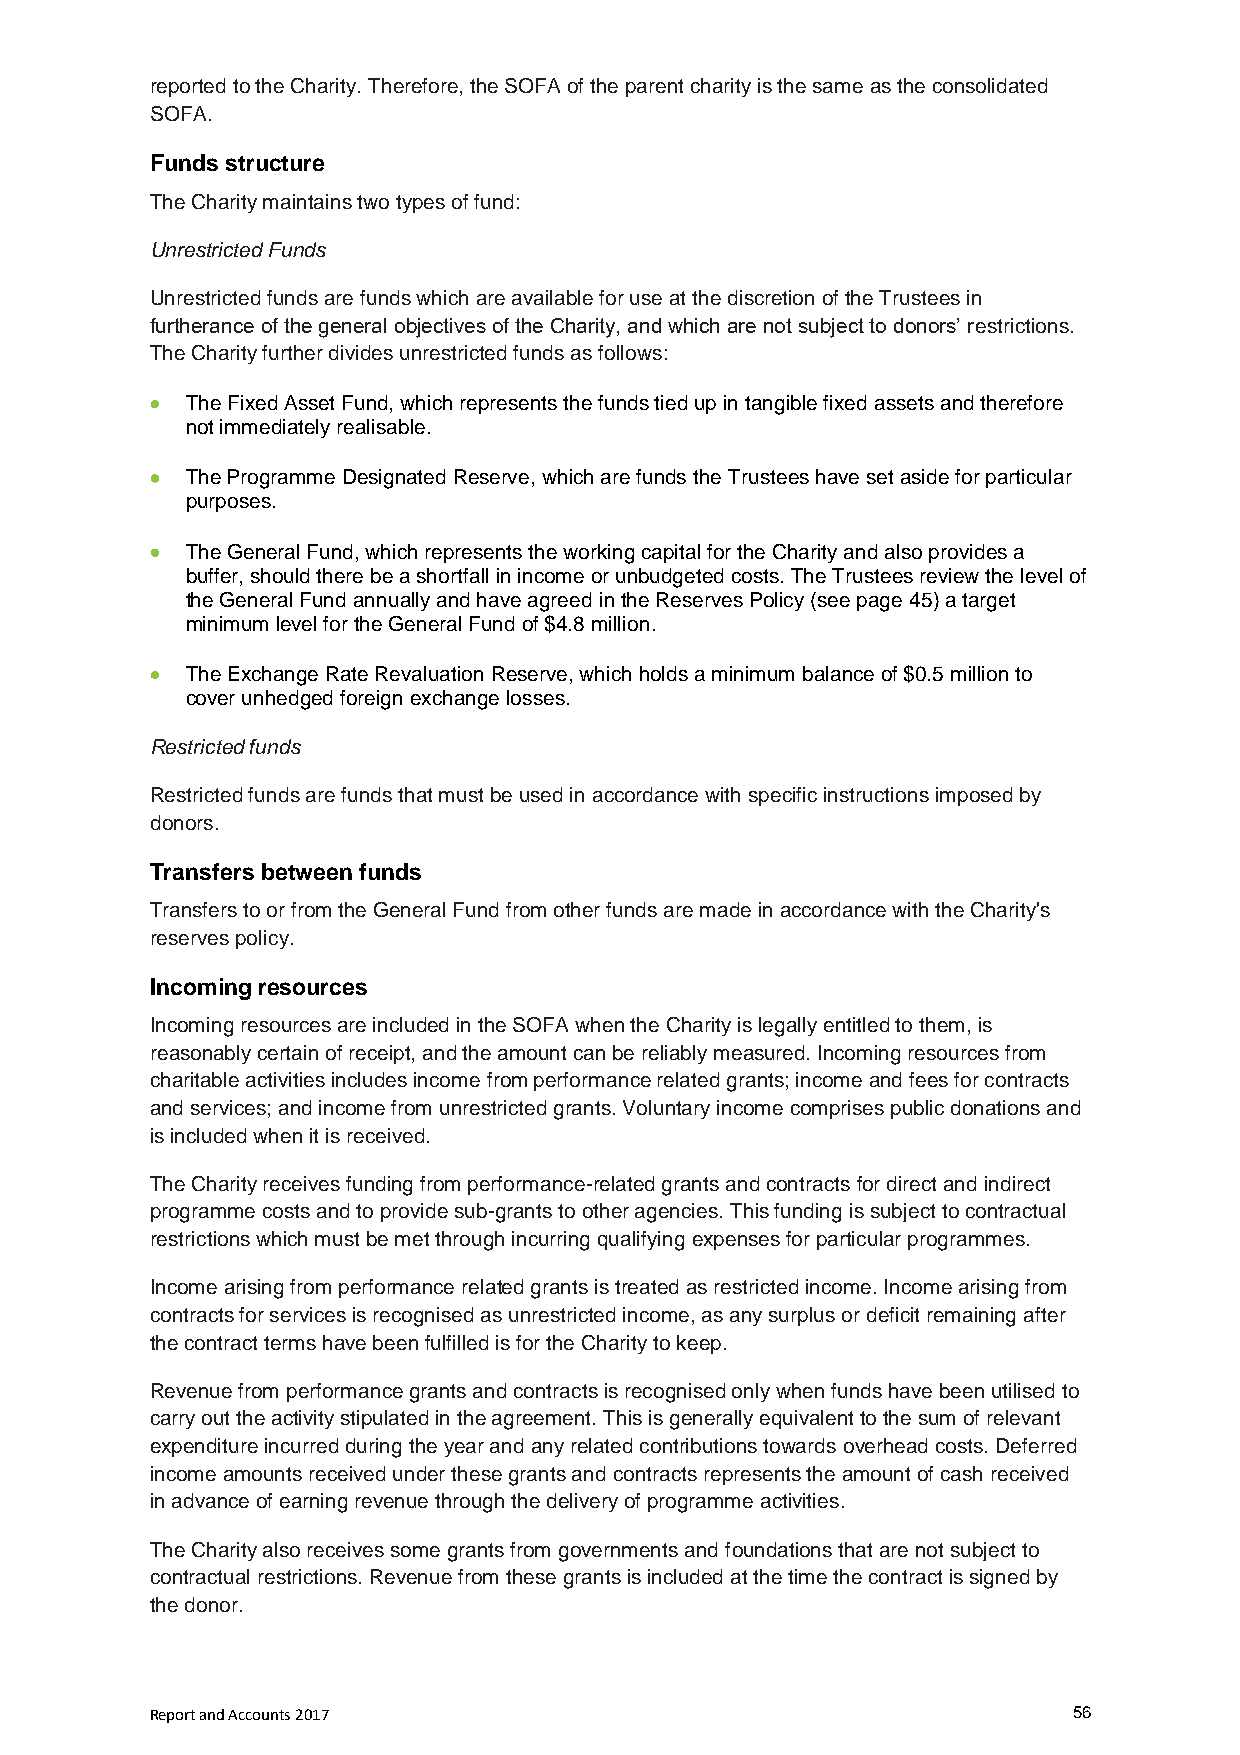
reported to the Charity. Therefore, the SOFA of the parent charity is the same as the consolidated
 SOFA.
 Funds structure
 The Charity maintains two types of fund:
 Unrestricted Funds
 Unrestricted funds are funds which are available for use at the discretion of the Trustees in
 furtherance of the general objectives of the Charity, and which are not subject to donors’ restrictions.
 The Charity further divides unrestricted funds as follows:
  The Fixed Asset Fund, which represents the funds tied up in tangible fixed assets and therefore
 not immediately realisable.
  The Programme Designated Reserve, which are funds the Trustees have set aside for particular
 purposes.
  The General Fund, which represents the working capital for the Charity and also provides a
 buffer, should there be a shortfall in income or unbudgeted costs. The Trustees review the level of
 the General Fund annually and have agreed in the Reserves Policy (see page 45) a target
 minimum level for the General Fund of $4.8 million.
  The Exchange Rate Revaluation Reserve, which holds a minimum balance of $0.5 million to
 cover unhedged foreign exchange losses.
 Restricted funds
 Restricted funds are funds that must be used in accordance with specific instructions imposed by
 donors.
 Transfers between funds
 Transfers to or from the General Fund from other funds are made in accordance with the Charity's
 reserves policy.
 Incoming resources
 Incoming resources are included in the SOFA when the Charity is legally entitled to them, is
 reasonably certain of receipt, and the amount can be reliably measured. Incoming resources from
 charitable activities includes income from performance related grants; income and fees for contracts
 and services; and income from unrestricted grants. Voluntary income comprises public donations and
 is included when it is received.
 The Charity receives funding from performance-related grants and contracts for direct and indirect
 programme costs and to provide sub-grants to other agencies. This funding is subject to contractual
 restrictions which must be met through incurring qualifying expenses for particular programmes.
 Income arising from performance related grants is treated as restricted income. Income arising from
 contracts for services is recognised as unrestricted income, as any surplus or deficit remaining after
 the contract terms have been fulfilled is for the Charity to keep.
 Revenue from performance grants and contracts is recognised only when funds have been utilised to
 carry out the activity stipulated in the agreement. This is generally equivalent to the sum of relevant
 expenditure incurred during the year and any related contributions towards overhead costs. Deferred
 income amounts received under these grants and contracts represents the amount of cash received
 in advance of earning revenue through the delivery of programme activities.
 The Charity also receives some grants from governments and foundations that are not subject to
 contractual restrictions. Revenue from these grants is included at the time the contract is signed by
 the donor.
 Report and Accounts 2017                                     56